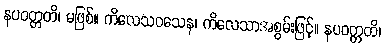
နပဝတ္တတိ၊ မဖြစ်။ ကိလေသဝသေန၊ ကိလေသာအစွမ်းဖြင့်။ နပဝတ္တတိ၊